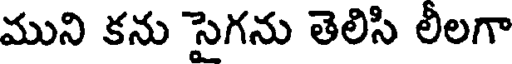
ముని కను సైగను తెలిసి లీలగా